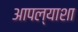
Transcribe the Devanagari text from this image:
आपल्याशा